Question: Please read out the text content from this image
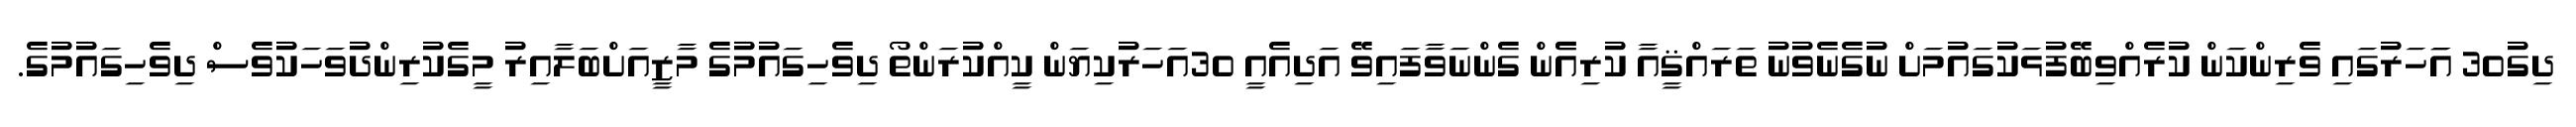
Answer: ދިގު30 އަަހަރުގައި ވެރިންކަން ކުރެއްވިބޭފުޅަކުގައުމަށް ނުގެނެވުނު ތަރައްޤީއާ ކުރިއެެން ގެންނަވާފައިވޭ އަދިއެއީ 30އަހަރުކިޔަން ކީއްކުރަންތޯ ދިވެހިގައުމުގެ މާޒީއަށްބަލާއިރު މީގެކުރިންދުވަހަކުވެސް ދިވެހިގައުމުގެ.